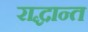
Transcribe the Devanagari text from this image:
राद्धान्त